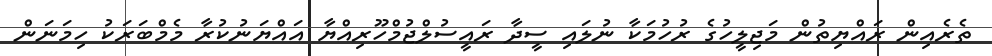
ތެރެއިން ރައްޔިތުން މަޖިލީހުގެ ރުހުމަކާ ނުލައި ސީދާ ރައީސުލްޖުމްހޫރިއްޔާ އައްޔަނުކުރާ މެމްބަރަކު ހިމަނަން